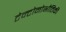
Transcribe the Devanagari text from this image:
टेक्टोनोभौतिकी